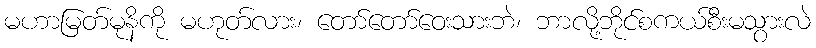
မဟာမြတ်မုနိကို မဟုတ်လား၊ တော်တော်ဝေးသားဘဲ၊ ဘာလို့ဘိုင်စကယ်စီးမသွားလဲ